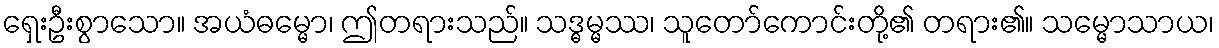
ရှေးဦးစွာသော။ အယံဓမ္မော၊ ဤတရားသည်။ သဒ္ဓမ္မဿ၊ သူတော်ကောင်းတို့၏ တရား၏။ သမ္မောသာယ၊